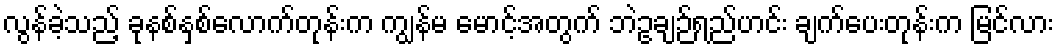
လွန်ခဲ့သည့် ခုနစ်နှစ်လောက်တုန်းက ကျွန်မ မောင့်အတွက် ဘဲဥချဉ်ရည်ဟင်း ချက်ပေးတုန်းက မြင်လား